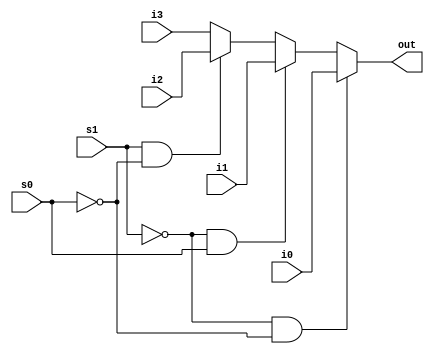
module mult4_to_1_5(out, i0, i1, i2, i3, s0, s1);
    output [4:0] out;
    input [4:0] i0, i1, i2, i3;
    input s0, s1;

    assign out = (s1 == 0 && s0 == 0) ? i0 :
                 (s1 == 0 && s0 == 1) ? i1 :
                 (s1 == 1 && s0 == 0) ? i2 :
                                        i3;
endmodule